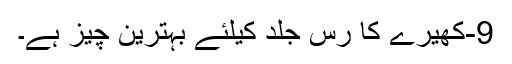
9-کھیرے کا رس جلد کیلئے بہترین چیز ہے۔